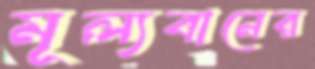
মূল্যবানের